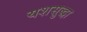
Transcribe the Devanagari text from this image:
यशसुद्धा